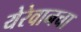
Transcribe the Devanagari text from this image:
येरेवानचा